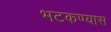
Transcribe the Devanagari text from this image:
भटकण्यास